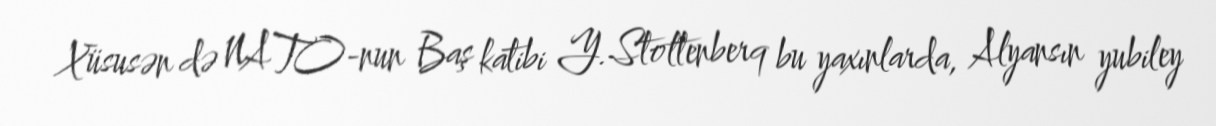
Xüsusən də NATO-nun Baş katibi Y.Stoltenberq bu yaxınlarda, Alyansın yubiley